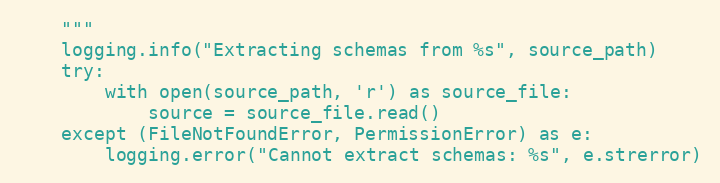
Language: Python
    """
    logging.info("Extracting schemas from %s", source_path)
    try:
        with open(source_path, 'r') as source_file:
            source = source_file.read()
    except (FileNotFoundError, PermissionError) as e:
        logging.error("Cannot extract schemas: %s", e.strerror)